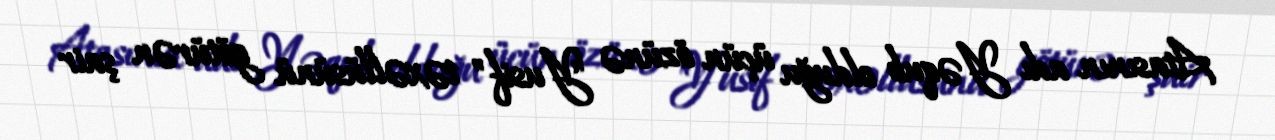
Atasının adı Yəqub olduğu üçün özünə "Yusif" təxəllüsünü götürən şair